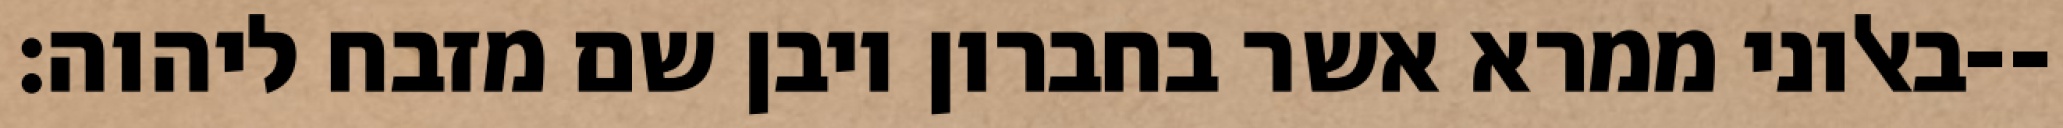
באלוני ממרא אשר בחברון ויבן שם מזבח ליהוה׃--